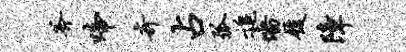
斧啼奇占弧追墙履障